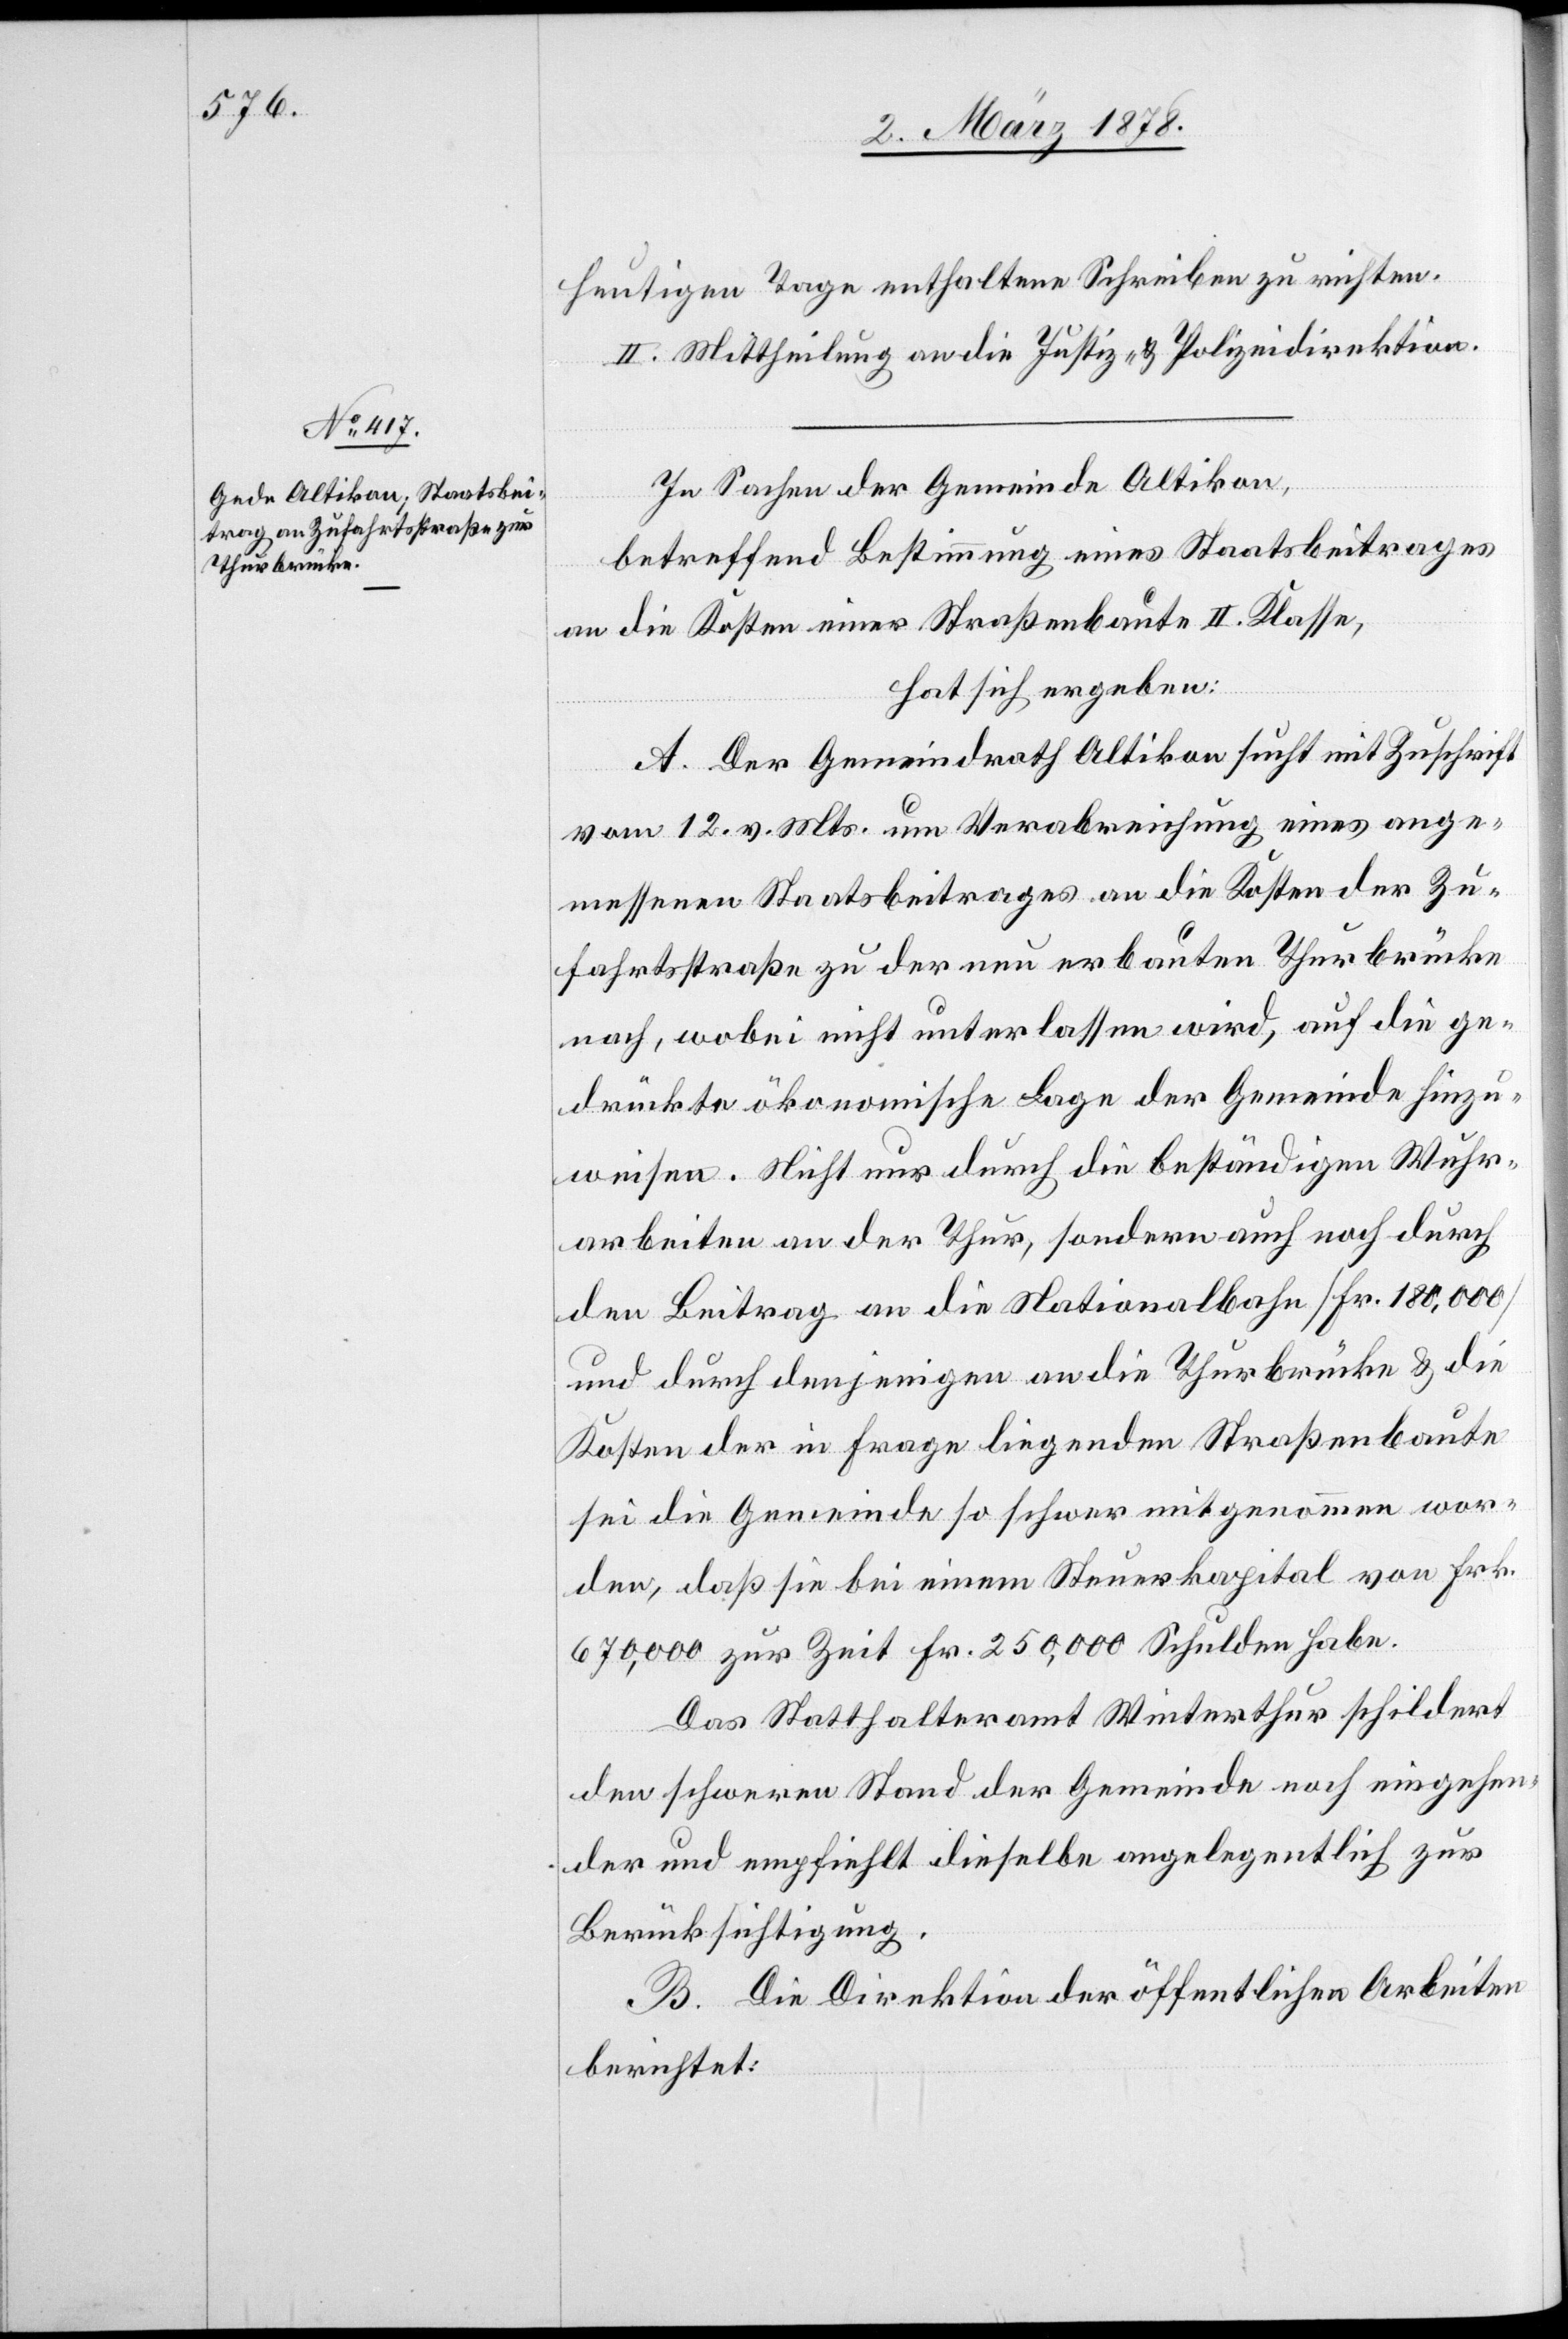
heutigen Tage enthaltene Schreiben zu richten.
II. Mittheilung an die Justiz- & Polizeidirektion.
In Sachen der Gemeinde Altikon,
betreffend Bestimmung eines Staatsbeitrages
an die Kosten einer Straßenbaute II. Klasse,
hat sich ergeben:
A. Der Gemeindrath Altikon sucht mit Zuschrift
vom 12. v. Mts. um Verabreichung eines ange¬
messenen Staatsbeitrages an die Kosten der Zu¬
fahrtsstraße zu der neu erbauten Thurbrücke
nach, wobei nicht unterlassen wird, auf die ge¬
drückte ökonomische Lage der Gemeinde hinzu¬
weisen. Nicht nur durch die beständigen Wuhr¬
arbeiten an der Thur, sondern auch noch durch
den Beitrag an die Nationalbahn (Fr. 180,000)
und durch denjenigen an die Thurbrücke & die
Kosten der in Frage liegenden Straßenbaute
sei die Gemeinde so schwer mitgenommen wor¬
den, daß sie bei einem Steuerkapital von Frk.
670,000 zur Zeit Fr. 250,000 Schulden habe.
Das Statthalteramt Winterthur schildert
den schweren Stand der Gemeinde noch eingehen¬
der und empfiehlt dieselbe angelegentlich zur
Berücksichtigung.
B. Die Direktion der öffentlichen Arbeiten
berichtet: